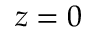
z = 0